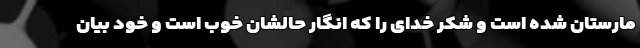
مارستان شده است و شکر خدای را که انگار حالشان خوب است و خود بیان